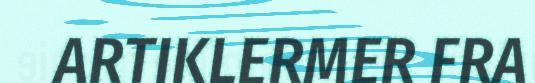
ARTIKLERMER FRA